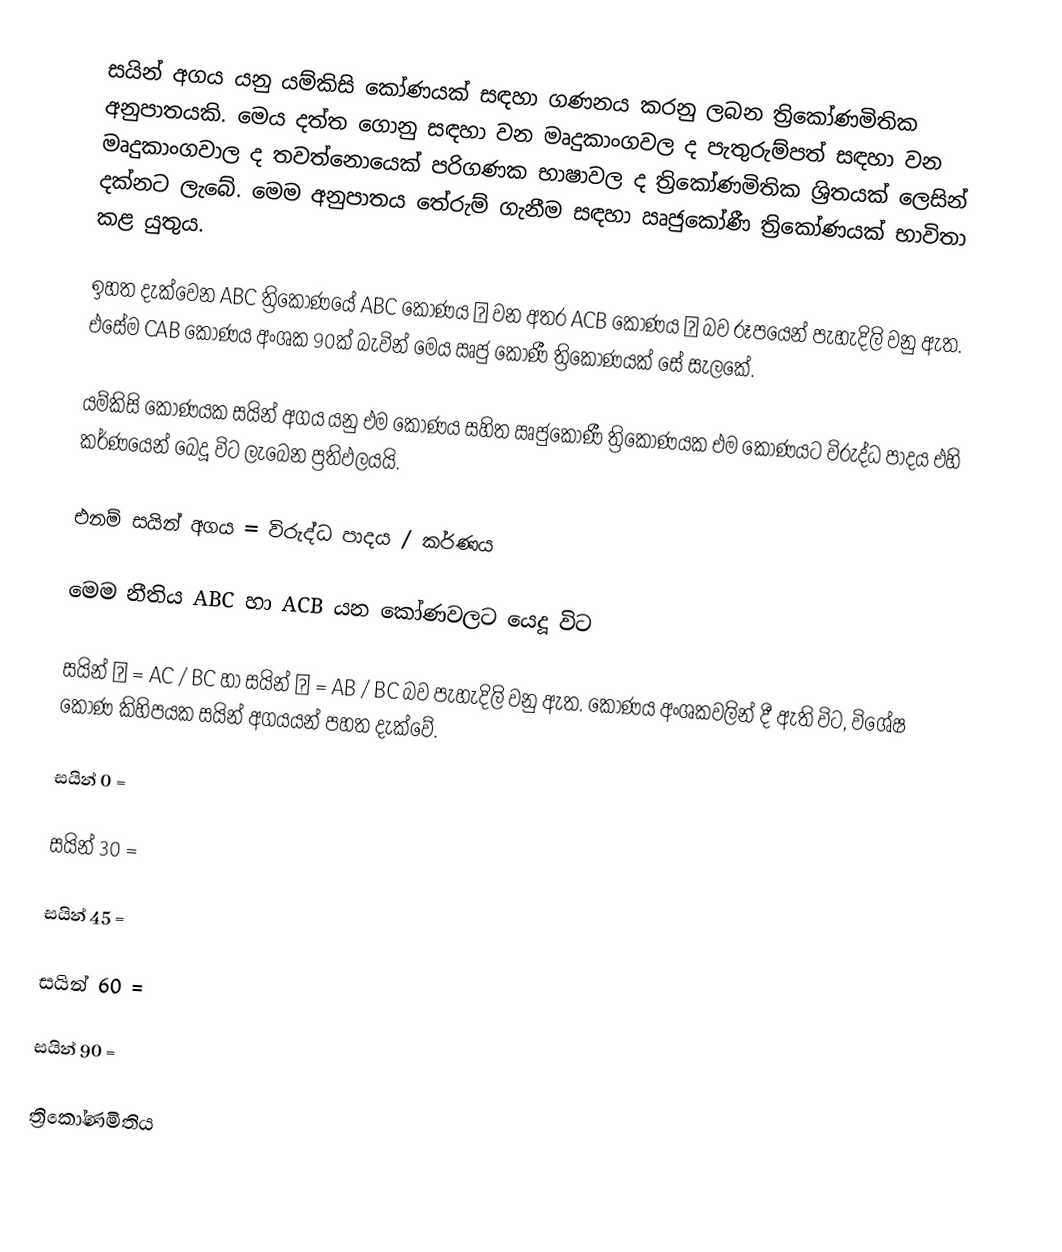
සයින් අගය යනු යම්කිසි කෝණයක් සඳහා ගණනය කරනු ලබන ත්‍රිකෝණමිතික අනුපාතයකි.  මෙය දත්ත ගොනු සඳහා වන මෘදුකාංගවල ද පැතුරුම්පත් සඳහා වන මෘදුකාංගවාල ද තවත්නොයෙක් පරිගණක භාෂාවල ද ත්‍රිකෝණමිතික ශ්‍රිතයක් ලෙසින් දක්නට ලැබේ.  මෙම අනුපාතය තේරුම් ගැනීම සඳහා ඍජුකෝණී ත්‍රිකෝණයක් භාවිතා කළ යුතුය.

ඉහත දැක්වෙන ABC ත්‍රිකෝණයේ ABC කෝණය α  වන අතර ACB කෝණය β  බව රූපයෙන් පැහැදිලි වනු ඇත. එසේම CAB කෝණය අංශක 90ක් බැවින් මෙය ඍජු කෝණී ත්‍රිකෝණයක් සේ සැලකේ.

යම්කිසි කෝණයක සයින් අගය යනු එම කෝණය සහිත ඍජුකෝණී ත්‍රිකෝණයක එම කෝණයට විරුද්ධ පාදය එහි කර්ණයෙන් බෙදූ  විට ලැබෙන ප්‍රතිඵලයයි.

එනම් සයින් අගය = විරුද්ධ පාදය / කර්ණය

මෙම නීතිය ABC හා ACB යන කෝණවලට යෙදූ විට

සයින් α  = AC / BC   හා  සයින් β  =  AB / BC බව පැහැදිලි වනු ඇත. කෝණය අංශකවලින් දී ඇති විට, විශේෂ කෝණ කිහිපයක සයින් අගයයන් පහත දැක්වේ.

සයින් 0   =

සයින් 30 =

සයින් 45 =

සයින් 60 =

සයින් 90 =

ත්‍රිකෝණමිතිය